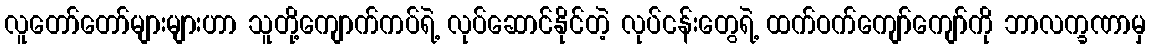
လူတော်တော်များများဟာ သူတို့ကျောက်ကပ်ရဲ့ လုပ်ဆောင်နိုင်တဲ့ လုပ်ငန်းတွေရဲ့ ထက်ဝက်ကျော်ကျော်ကို ဘာလက္ခဏာမှ